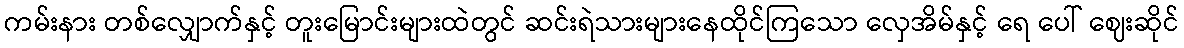
ကမ်းနား တစ်လျှောက်နှင့် တူးမြောင်းများထဲတွင် ဆင်းရဲသားများနေထိုင်ကြသော လှေအိမ်နှင့် ရေ ပေါ် ဈေးဆိုင်